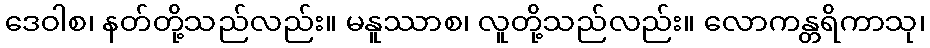
ဒေဝါစ၊ နတ်တို့သည်လည်း။ မနူဿာစ၊ လူတို့သည်လည်း။ လောကန္တရိကာသု၊